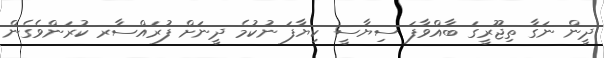
ދީން ނަގާ ތިޖޫރީގަ ބާއްވާފަ ސިޔާސީ ކިޔާފަ ނުކުމެ ދީނަށް ފުރައްސާރ ކުރަންވެގެން